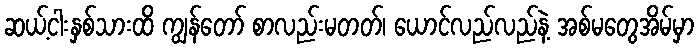
ဆယ့်ငါးနှစ်သားထိ ကျွန်တော် စာလည်းမတတ်၊ ယောင်လည်လည်နဲ့ အစ်မတွေအိမ်မှာ